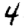
Digit: 4